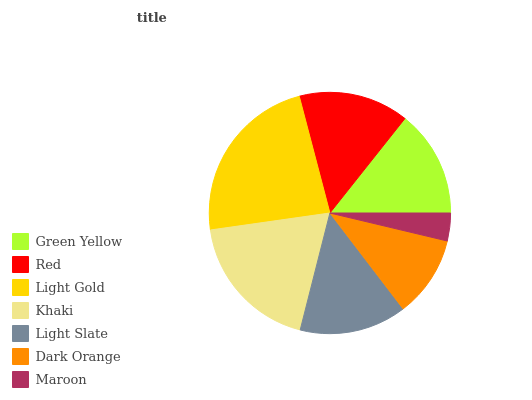
| Green Yellow | Red | Light Gold | Khaki | Light Slate | Dark Orange | Maroon |
 | --- | --- | --- | --- | --- | --- | --- |
 | 14.3% | 14.8% | 23.2% | 18.8% | 14.3% | 10.9% | 3.72% |